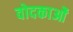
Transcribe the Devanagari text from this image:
वोदकाओं